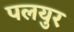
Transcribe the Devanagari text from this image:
पलयुर